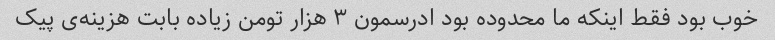
خوب بود فقط اینکه ما محدوده بود ادرسمون ۳ هزار تومن زیاده بابت هزینه‌ی پیک